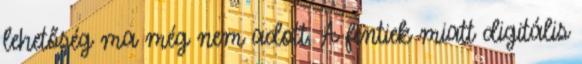
lehetőség ma még nem adott. A fentiek miatt digitális